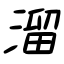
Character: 溜